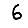
Digit: 6